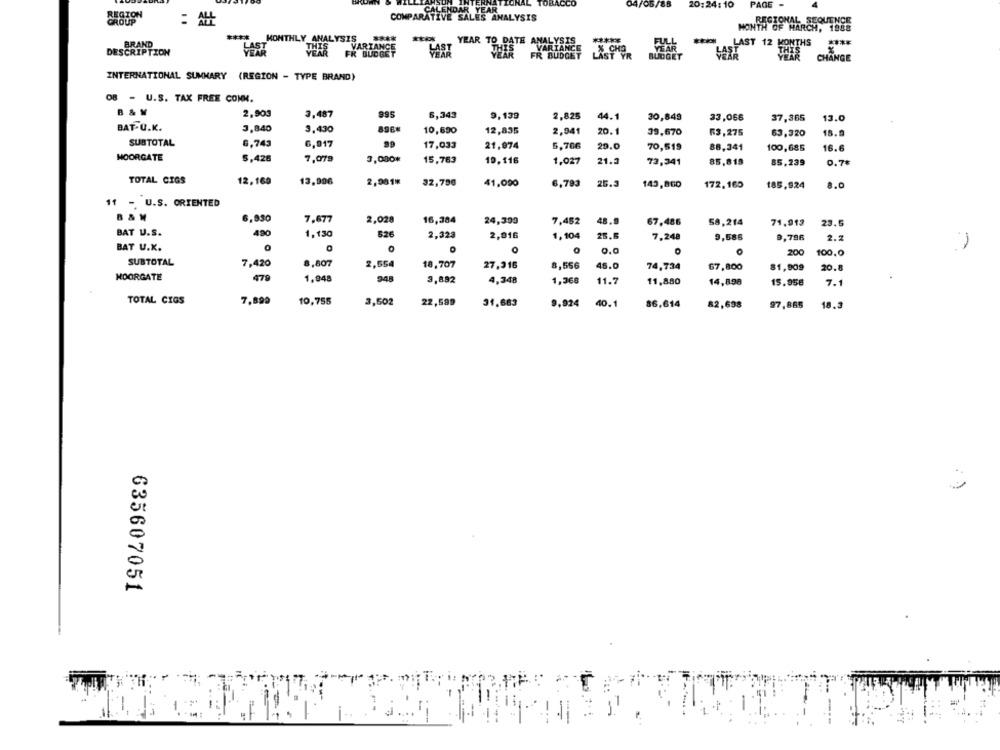
INTERNATIONAL
ACCO
04/05/88
20:24:10
PAGE -
CALENDAR YEAR
COMPARATIVE SALES ANALYSIS
REGIONAL SEQUENCE
MONTH OF HARCH, 1988
****
MONTHLY ANALYSIS
****
BRAND
LAST
YEAR TO DATE ANALYS
LAST 12 MONTHS
DESCRIPTION
LAST
YEAR
VARTANCE
FR BUDGET
VARIA
THIS
FR BUD
CHANGE
INTERNATIONAL SUMMARY (REGION - TYPE BRAND)
08 - U.S. TAX FREE CONM.
B & W
2,903
3.487
995
6,343
9,139
2,825
44.1
30,849
33,066
37,365
13.0
BAT.O.K.
3,840
3.430
10,690
12,835
2,941
20.1
39,670
53,275
63,320
18.9
SUBTOTAL
6,743
6,917
99
17,033
21,974
6,766
29.0
70,519
88,341
100,685
16.6
MOORGATE
5,426
7.078
3,000*
15,763
10,116
1,027
21.3
73,341
85,819
85,239
0.7€
TOTAL CIGS
12,169
13,996
2,981%
32,700
41,090
6,793
25.3
143,860
172,160
185,924
8.0
11 - U.S. ORIENTED
B & M
6,830
7.677
2,028
16,384
24,300
7,452
48.0
67,486
58,214
71,913
23.5
BAT U.S.
490
1,130
526
2,323
2,016
1,104
25.6
7.248
9,585
3,786
2.2
BAT U.X.
O
1
200
100,0
SUBTOTAL
7.420
8,807
2,554
18,707
27,316
8,556
46.0
74,734
67,800
81,909
20.8
MOORGATE
479
1,948
948
3,892
4,348
1,368
11.7
11,880
14,898
15.958
7.1
TOTAL CIGS
7,899
10,755
3,502
22,599
31.683
9.924
40.1
86,614
82,698
97,865
18.3
635607051
11